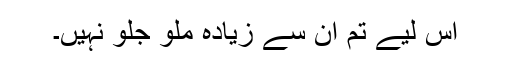
اس لیے تم ان سے زیادہ ملو جلو نہیں۔